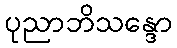
ပုညာဘိသန္ဒော